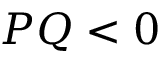
P Q < 0